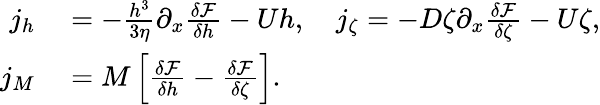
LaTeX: \begin{array}{rl}{j_{h}}&{{}=-\frac{h^{3}}{3\eta}\partial_{x}\frac{\delta\mathcal{F}}{\delta h}-Uh,\quad j_{\zeta}=-D\zeta\partial_{x}\frac{\delta\mathcal{F}}{\delta\zeta}-U\zeta,}\\ {j_{M}}&{{}=M\left[\frac{\delta\mathcal{F}}{\delta h}-\frac{\delta\mathcal{F}}{\delta\zeta}\right].}\end{array}